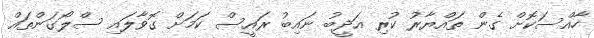
ހާއްސަކޮށް ގެން ތައްޔާރު ކުރި އަދީބު ނައިބު ރައީސް ކަމަށް ގޮވާލައި ސްލޯގަންތައް